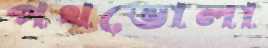
পথভোলা